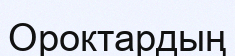
Ороктардың